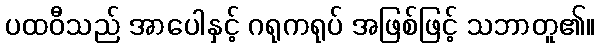
ပထဝီသည် အာပေါနှင့် ဂရုကရုပ် အဖြစ်ဖြင့် သဘာတူ၏။